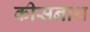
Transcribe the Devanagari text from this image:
कीसनाथ